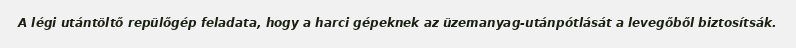
A légi utántöltő repülőgép feladata, hogy a harci gépeknek az üzemanyag-utánpótlását a levegőből biztosítsák.